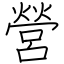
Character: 營